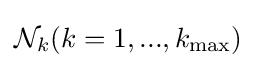
{\mathcal {N}}_{k}(k=1,...,k_{\max })